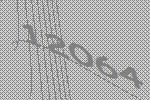
12064